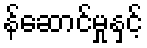
န်ဆောင်မှုနှင့်